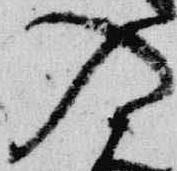
入